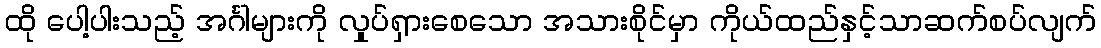
ထို ပေါ့ပါးသည့် အင်္ဂါများကို လှုပ်ရှားစေသော အသားစိုင်မှာ ကိုယ်ထည်နှင့်သာဆက်စပ်လျက်